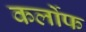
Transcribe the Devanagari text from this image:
कर्लोफ